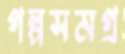
গল্পসমগ্র